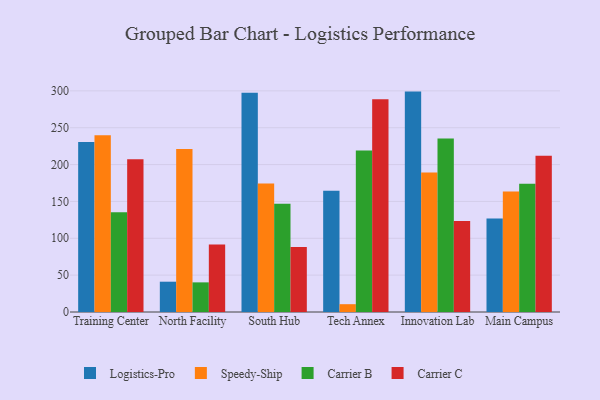
{"axis": {"x": "Campus", "y": "Revenue (USD Million)"}, "legend": ["Carrier B", "Carrier C", "Logistics-Pro", "Speedy-Ship"], "data": [{"x": "Training Center", "y": 230.6, "type": "Logistics-Pro"}, {"x": "Training Center", "y": 239.9, "type": "Speedy-Ship"}, {"x": "Training Center", "y": 135.4, "type": "Carrier B"}, {"x": "Training Center", "y": 207.2, "type": "Carrier C"}, {"x": "North Facility", "y": 41.1, "type": "Logistics-Pro"}, {"x": "North Facility", "y": 221.0, "type": "Speedy-Ship"}, {"x": "North Facility", "y": 40.2, "type": "Carrier B"}, {"x": "North Facility", "y": 91.6, "type": "Carrier C"}, {"x": "South Hub", "y": 297.5, "type": "Logistics-Pro"}, {"x": "South Hub", "y": 174.4, "type": "Speedy-Ship"}, {"x": "South Hub", "y": 146.7, "type": "Carrier B"}, {"x": "South Hub", "y": 88.3, "type": "Carrier C"}, {"x": "Tech Annex", "y": 164.6, "type": "Logistics-Pro"}, {"x": "Tech Annex", "y": 10.6, "type": "Speedy-Ship"}, {"x": "Tech Annex", "y": 219.2, "type": "Carrier B"}, {"x": "Tech Annex", "y": 288.6, "type": "Carrier C"}, {"x": "Innovation Lab", "y": 299.0, "type": "Logistics-Pro"}, {"x": "Innovation Lab", "y": 189.1, "type": "Speedy-Ship"}, {"x": "Innovation Lab", "y": 235.3, "type": "Carrier B"}, {"x": "Innovation Lab", "y": 123.6, "type": "Carrier C"}, {"x": "Main Campus", "y": 126.9, "type": "Logistics-Pro"}, {"x": "Main Campus", "y": 163.6, "type": "Speedy-Ship"}, {"x": "Main Campus", "y": 174.1, "type": "Carrier B"}, {"x": "Main Campus", "y": 212.0, "type": "Carrier C"}]}